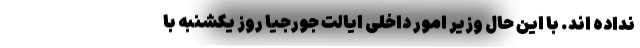
نداده اند. با این حال وزیر امور داخلی ایالت جورجیا روز یکشنبه با